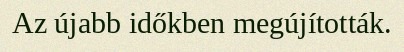
Az újabb időkben megújították.